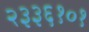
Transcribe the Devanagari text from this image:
२३३६१०१